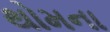
થોમના